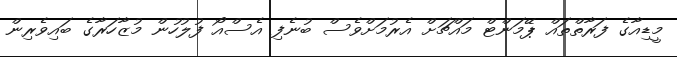
މީޑިއާގެ ފަރާތްތައް ޕޭމަންޓް މައްޗަށް އެރުމަށްވެސް ބުނެފި އެސްއޯ ފުލުހުން މުޒާހަރާގެ ބައިވެރިން